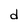
Character: d